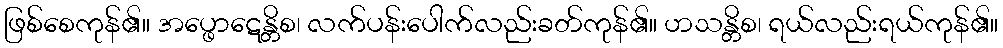
ဖြစ်စေကုန်၏။ အပ္ဖောဋေန္တိစ၊ လက်ပန်းပေါက်လည်းခတ်ကုန်၏။ ဟသန္တိစ၊ ရယ်လည်းရယ်ကုန်၏။